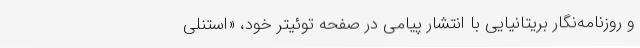
و روزنامه‌نگار بریتانیایی با انتشار پیامی در صفحه توئیتر خود، «استنلی